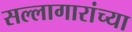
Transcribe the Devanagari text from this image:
सल्लागारांच्या